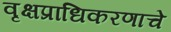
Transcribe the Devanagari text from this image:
वृक्षप्राधिकरणाचे